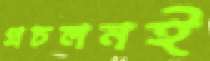
প্রচলনই